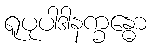
ရူပုပါဒါနက္ခန္ဓော